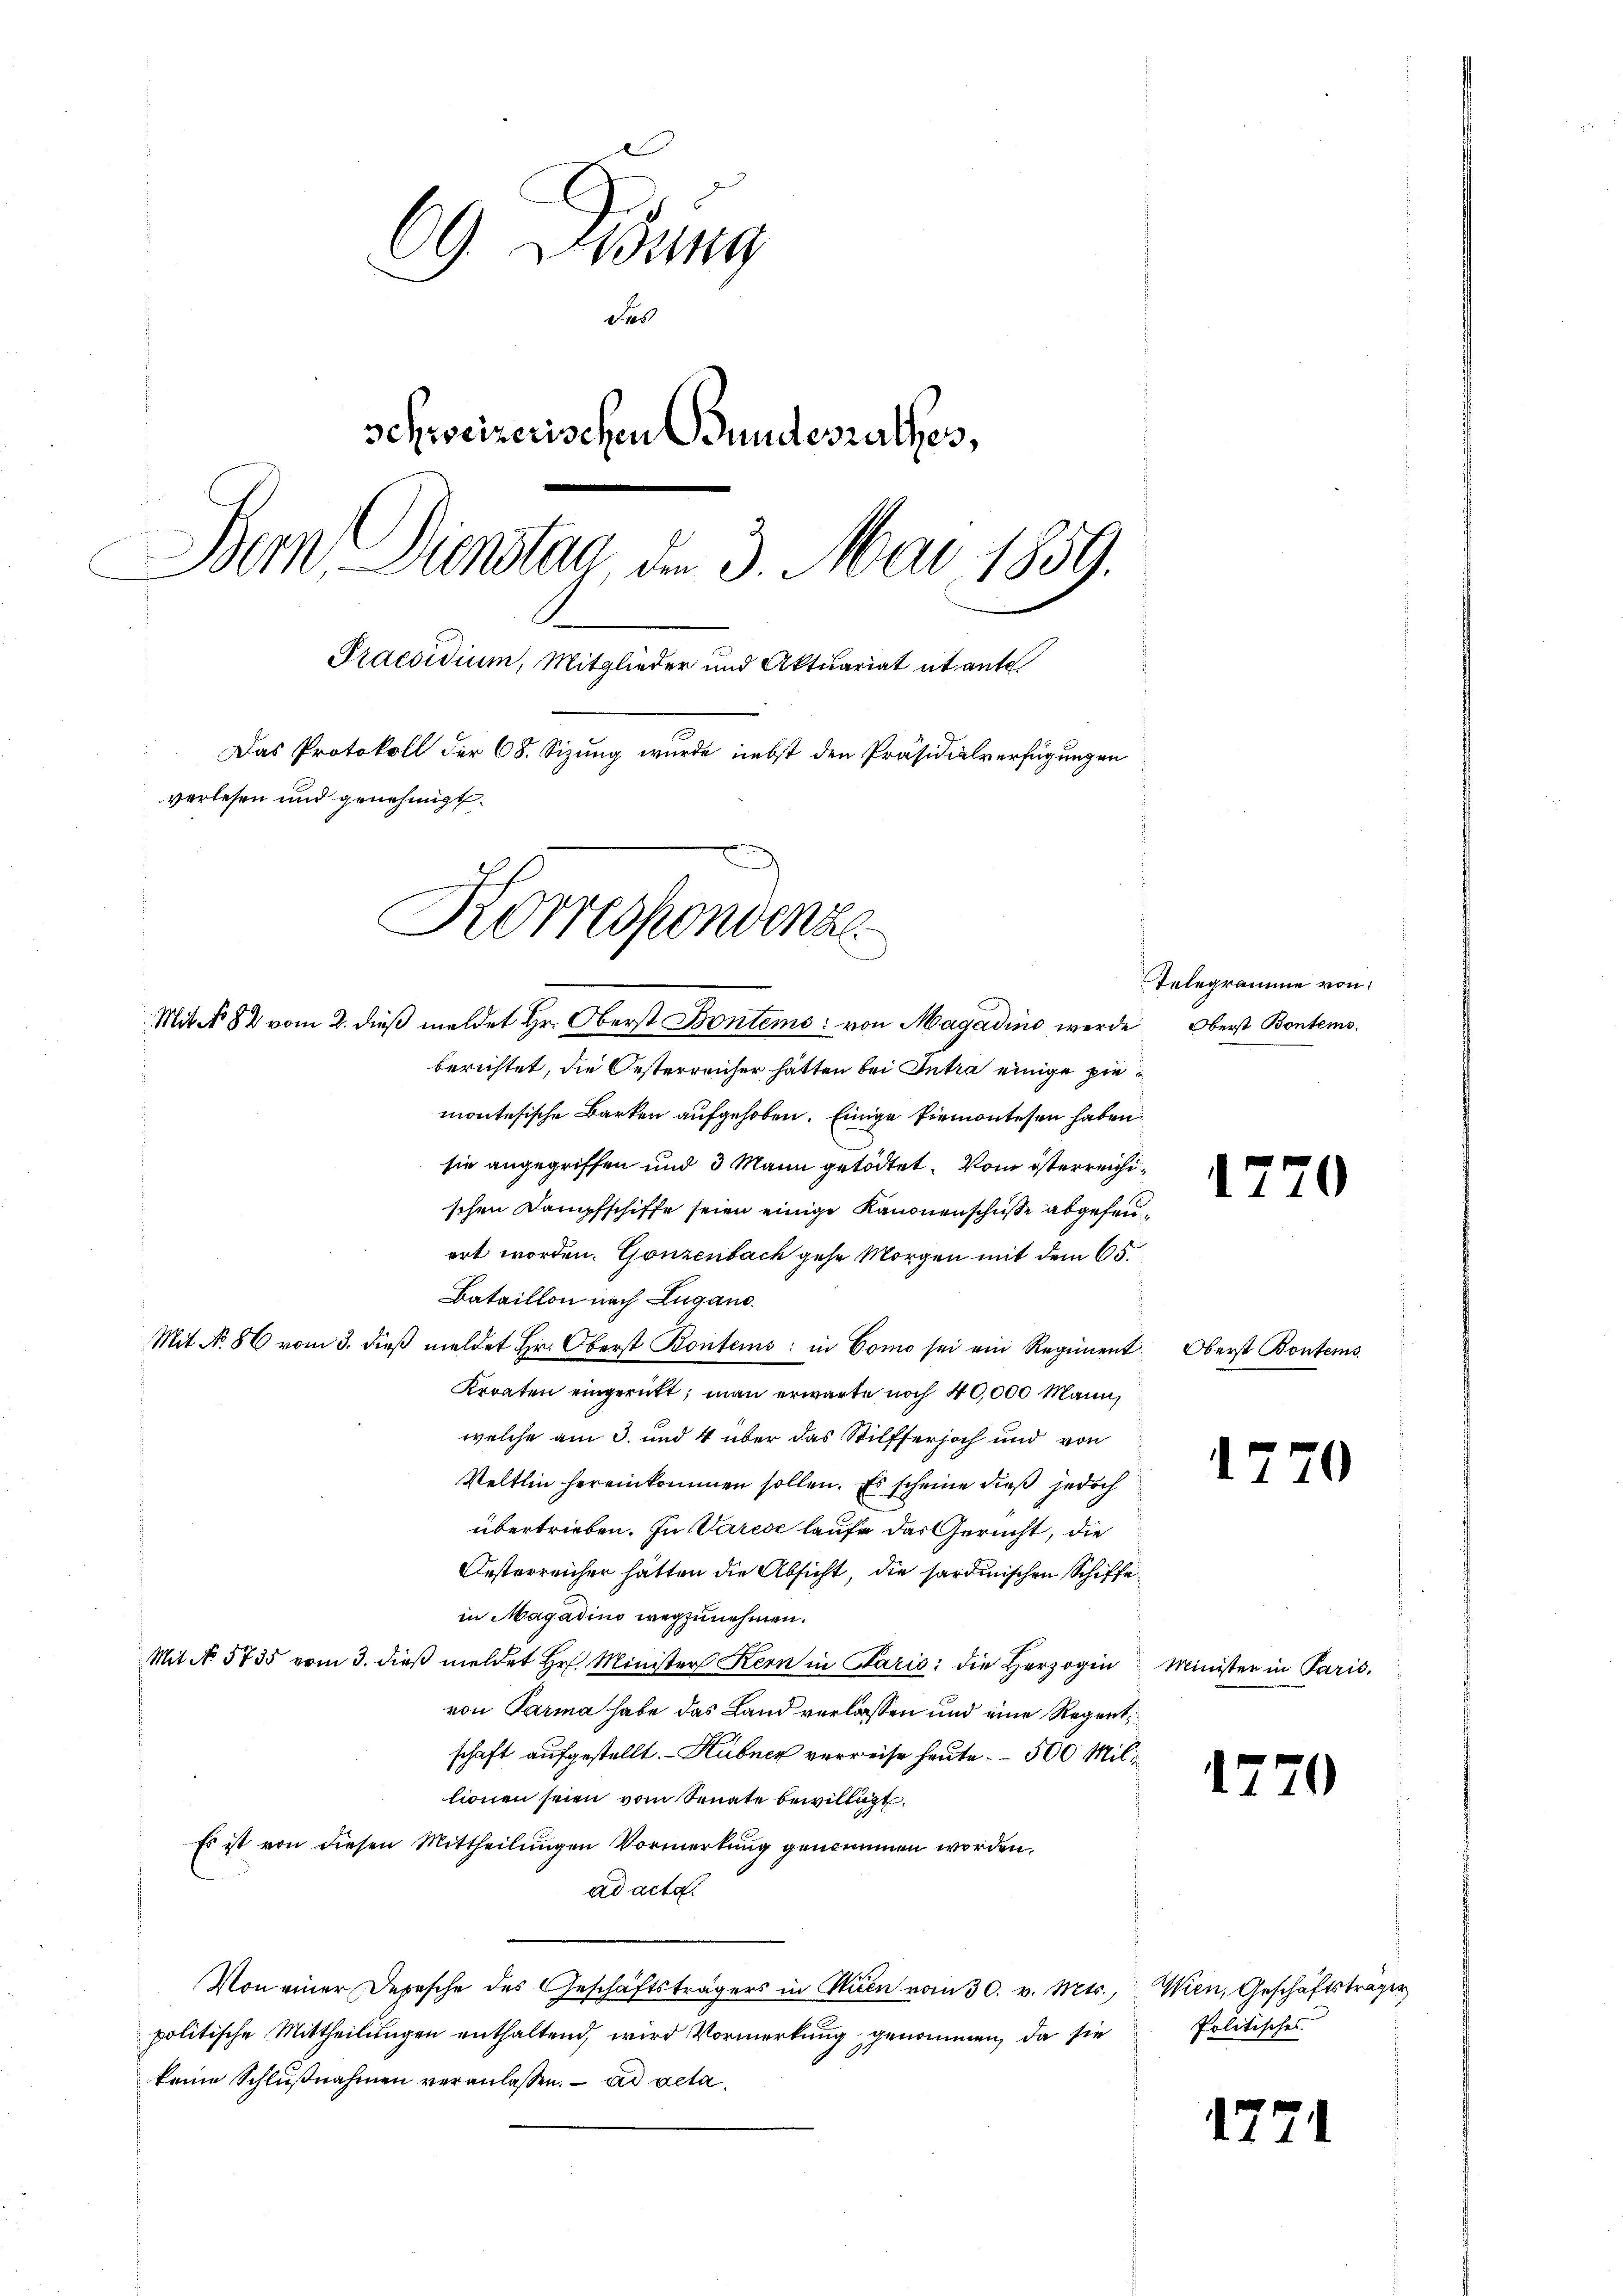
69 Didung
Sas
schweizerischen Bundesrathes,
Dem Dienstag der 3. Mai 1859.
Praesidium, Mitglieder und Aktuariat itante
Das Protokoll der 68. Sizung wurde nebst den Präsidialverfügungen
verlesen und genehmigt.
Korrespondenz

Mit No 82 vom 2. dieβ meldet Hr. Oberst Bontems von Magadino werde Oberst Bontems.

berichtet, die Oesterreicher hätten bei Intra einige piemontesische Barken aufgehoben. Einige Piemontesen haben
sie angegriffen und 3 Mann getödtet. Vom österreichischen Dampfschiffe seien einige Kanonenschusse abgefeuert worden. Gonzenbach gehe Morgen mit dem 65.
Bataillon nach Lugano.
Mit No. 86 vom 3. dieβ meldet Hr. Oberst Kontens: in Como sei ein Regiment Oberst Bontems.
Kroaten eingerütt, man erwarte noch 40,000 Mann,
welche am 3. und 4 über das Stilfserjoch und von
Veltlin hereinkommen sollen. Es scheine dieß jedoch
übertrieben. In Varese laufe das Gericht, die
Oesterreicher hätten die Absicht, die sardinischen Schiffein Magadino wegzunehmen.
Mit No 5735 vom 3. dieß meldet Hr. Minister Kern in Paris die Herzogin Minister in Paris,
von Parma habe das Land verlassen und eine Regent
schaft aufgestellt. - Hubner verreise heute. - 500 Millionen seien vom Senate bewilligt.
Es ist von diesen Mittheilungen Vormerkung genommen worden.
ad acta.
Von einer Depesche des Geschäftsträgers in Stuen vom 30. v. Mts., Wien, Geschäftsträger
politische Mittheilungen enthaltend, wird Vormerkung genommen, da sie
keine Schlußnahmen veranlassen. ad acta

Telegramme von:

1770

1770

1770

Politisches

1771